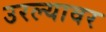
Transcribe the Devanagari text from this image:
उरल्यावर